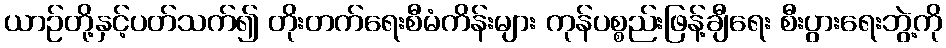
ယာဉ်တို့နှင့်ပတ်သက်၍ တိုးတက်ရေးစီမံကိန်းများ ကုန်ပစ္စည်းဖြန့်ချီရေး စီးပွားရေးဘွဲ့ကို